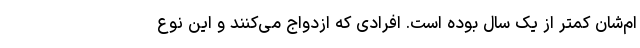
ام‌شان کمتر از یک سال بوده است. افرادی که ازدواج می‌کنند و این نوع